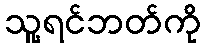
သူ့ရင်ဘတ်ကို